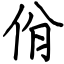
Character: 佾